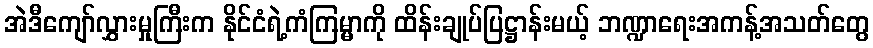
အဲဒီကျော်လွှားမှုကြီးက နိုင်ငံရဲ့ကံကြမ္မာကို ထိန်းချုပ်ပြဋ္ဌာန်းမယ့် ဘဏ္ဍာရေးအကန့်အသတ်တွေ